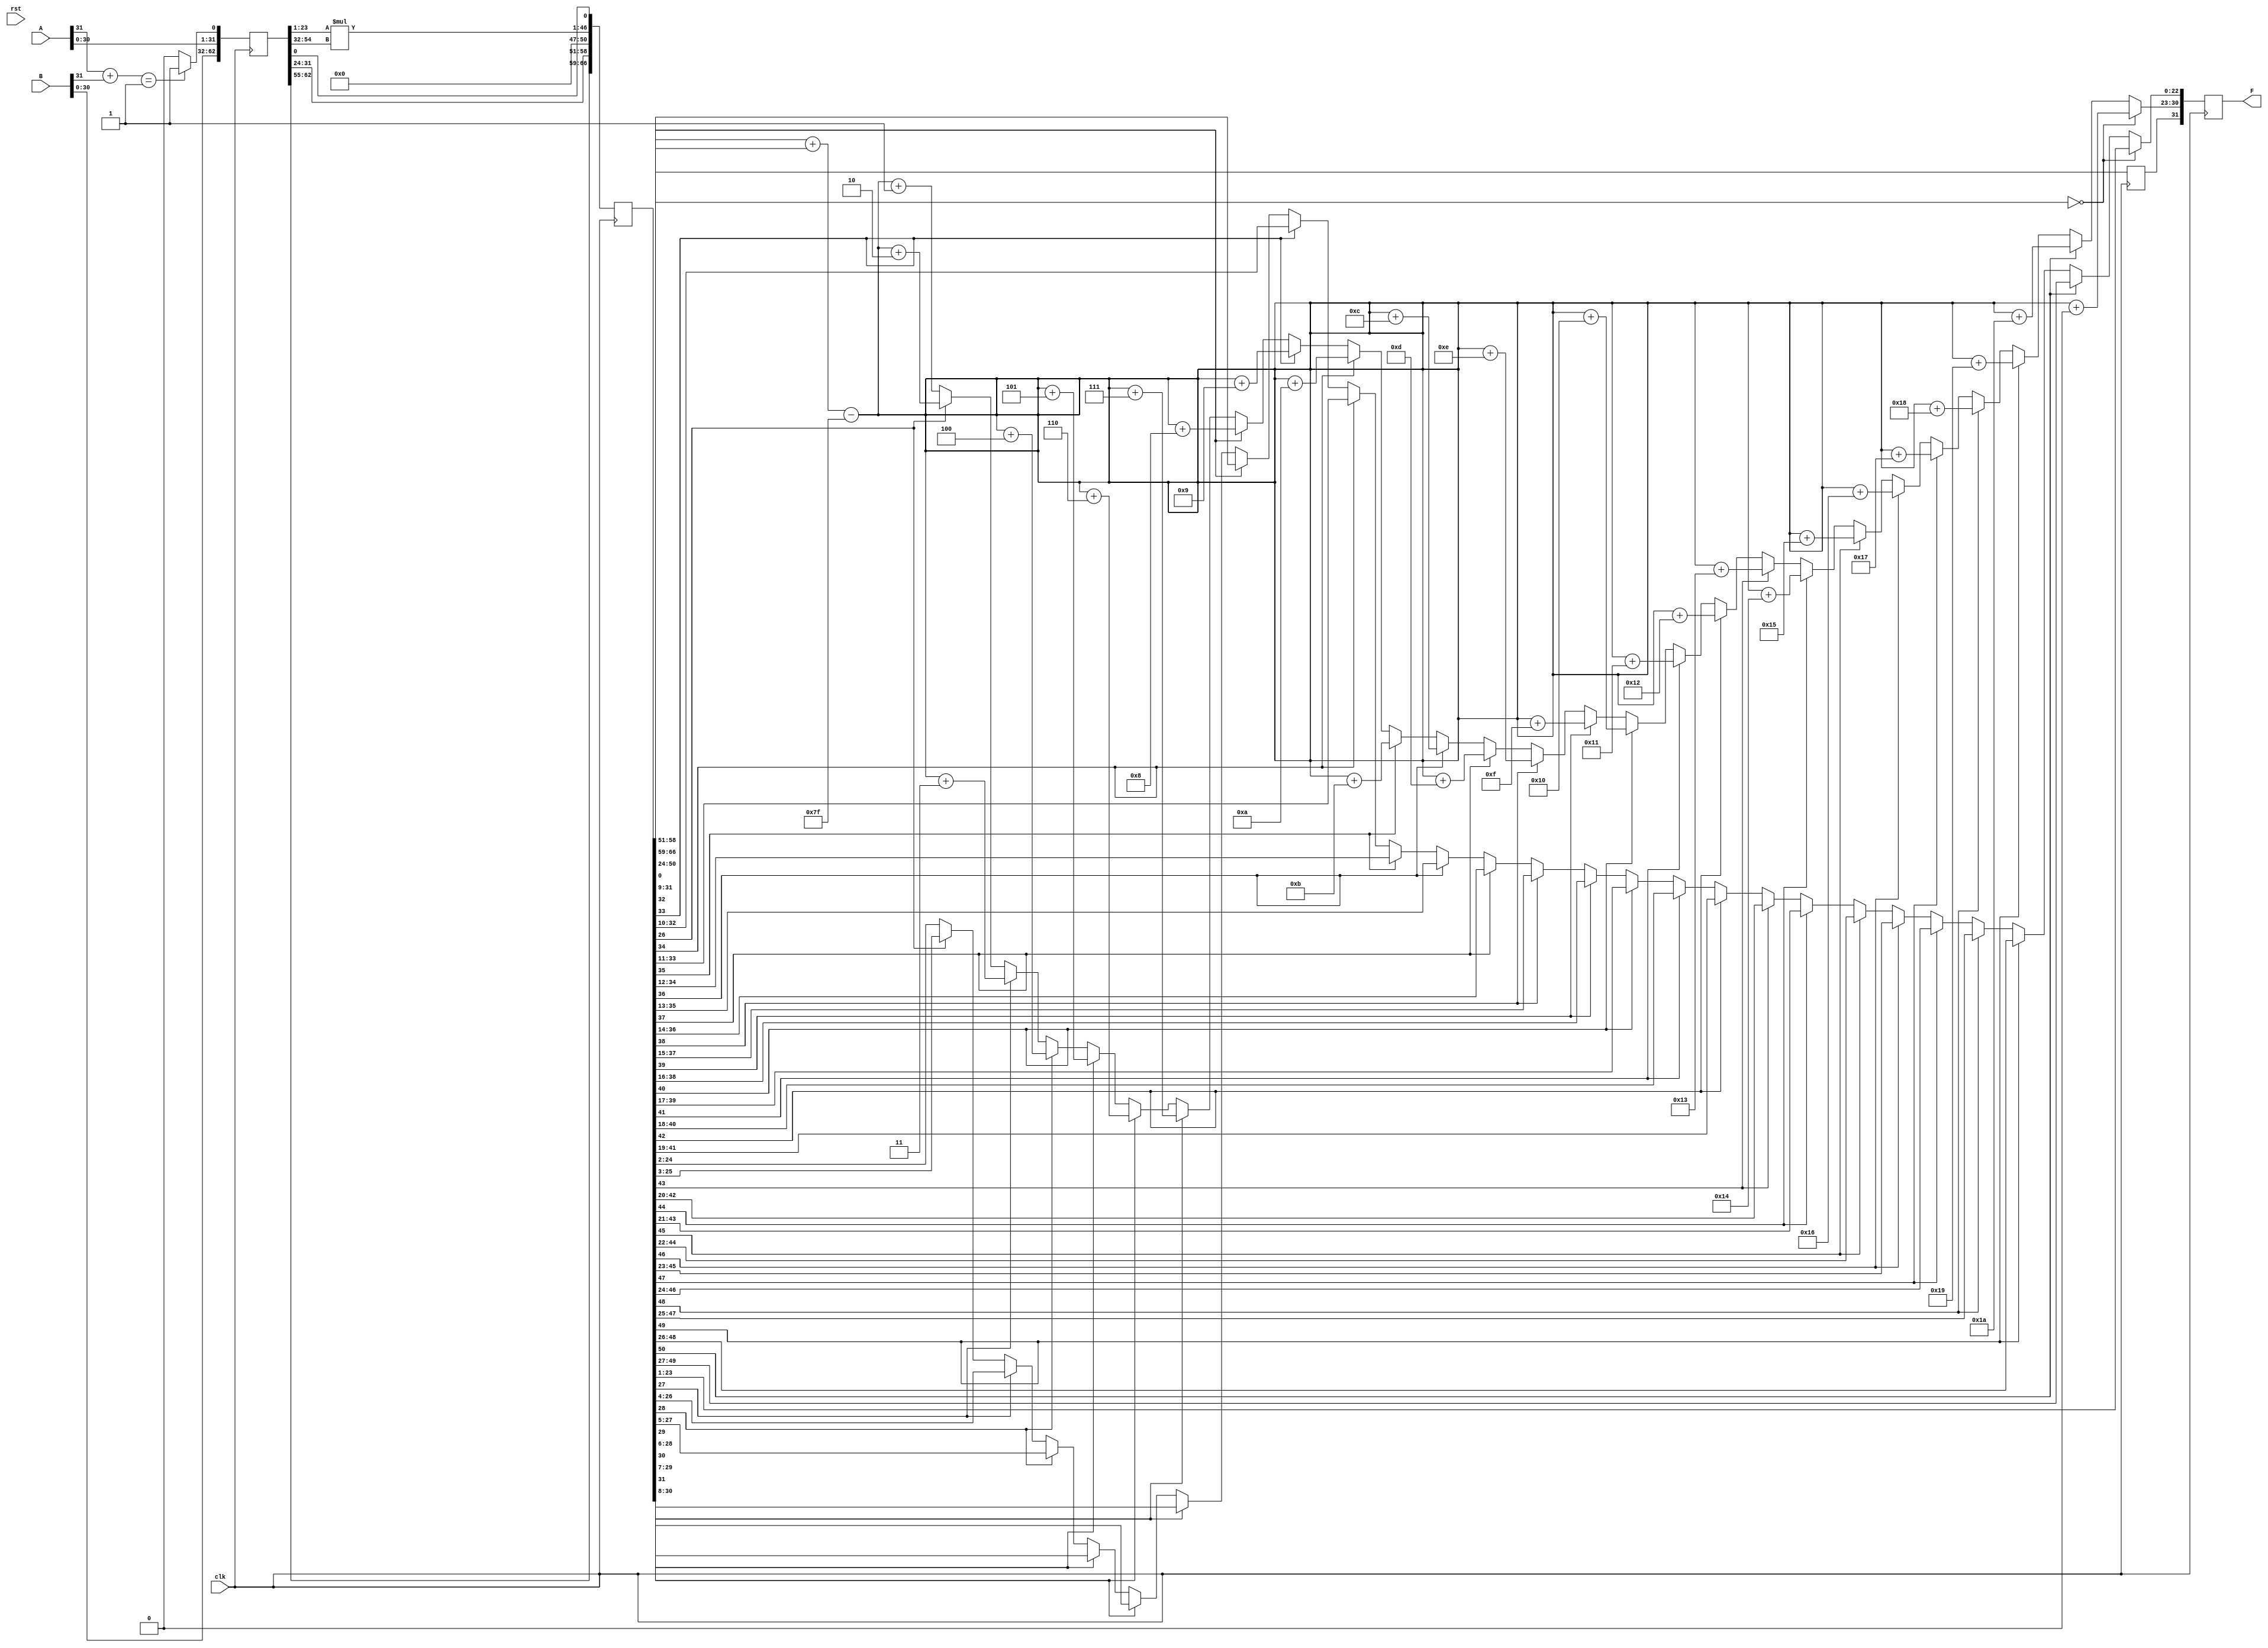
module MULTI_32bit(clk, rst,A, B, F);
   `define BIAS 8'b01111111
   input clk, rst;
   input [31:0]A;
   input [31:0]B;

   output [31:0]F;
   reg [31:0]F;
	

//   reg [1:0]sign;
//   reg [49:0]mantissa;


//////////////// PIPE-LINE REGISTERS /////////////////
reg [62:0] P1;
reg [66:0] P2;
reg [31:0] P3;
//////////////////////////////////////////////////////

initial
begin	
	P1 = 0;
	P2 = 0;
	P3 = 0;
end


wire [1:0]sign;
wire [49:0]mantissa;

assign sign = A[31]+B[31];

//always @ ( F or A or B )
always @ ( posedge clk )
begin
	//solve for the sign bit part
	/////////////////////////////////////////////////////////
	P1[0] <= (sign == 1'b1) ? 1'b1 : 1'b0;
	P1[31:1] <= A[30:0];
	P1[62:32] <= B[30:0];

	///////////////////////////////////////////////////////////
	P2[0] <= P1[0];
	P2[50:1] <= P1[23:1] * P1[54:32];

	P2[58:51] <= P1[31:24];
	P2[66:59] <= P1[62:55];

///////////////////////////////////////////////////////////
	P3[0] <= P2[0];

	if(P2[50:24] == 0) begin
	   P3[23:1] = P2[23:1];
	   P3[31:24] = P2[58:51] + P2[66:59] - `BIAS + 8'h00;
	end
	else if(P2[50] == 1) begin
	   P3[23:1] = P2[49:27];
	   P3[31:24] = P2[58:51] + P2[66:59] - `BIAS + 8'h1a;
	end
	else if(P2[49] == 1) begin
	   P3[23:1] = P2[48:26];
	   P3[31:24] = P2[58:51] + P2[66:59] - `BIAS + 8'h19;
	end
	else if(P2[48] == 1) begin
	   P3[23:1] = P2[47:25];
	   P3[31:24] = P2[58:51] + P2[66:59] - `BIAS + 8'h18;
	end
	else if(P2[47] == 1) begin
	   P3[23:1] = P2[46:24];
	   P3[31:24] = P2[58:51] + P2[66:59] - `BIAS + 8'h17;
	end			
	else if(P2[46] == 1) begin
	   P3[23:1] = P2[45:23];
	   P3[31:24] = P2[58:51] + P2[66:59] - `BIAS + 8'h16;
	end	
	else if(P2[45] == 1) begin
	   P3[23:1] = P2[44:22];
	   P3[31:24] = P2[58:51] + P2[66:59] - `BIAS + 8'h15;
	end	
	else if(P2[44] == 1) begin
	   P3[23:1] = P2[43:21];
	   P3[31:24] = P2[58:51] + P2[66:59] - `BIAS + 8'h14;
	end
	else if(P2[43] == 1) begin
	   P3[23:1] = P2[42:20];
	   P3[31:24] = P2[58:51] + P2[66:59] - `BIAS + 8'h13;
	end
	else if(P2[42] == 1) begin
	   P3[23:1] = P2[41:19];
	   P3[31:24] = P2[58:51] + P2[66:59] - `BIAS + 8'h12;
	end
	else if(P2[41] == 1) begin
	   P3[23:1] = P2[40:18];
	   P3[31:24] = P2[58:51] + P2[66:59] - `BIAS + 8'h11;
	end
	else if(P2[40] == 1) begin
	   P3[23:1] = P2[39:17];
	   P3[31:24] = P2[58:51] + P2[66:59] - `BIAS + 8'h10;
	end
	else if(P2[39] == 1) begin
	   P3[23:1] = P2[38:16];
	   P3[31:24] = P2[58:51] + P2[66:59] - `BIAS + 8'h0f;
	end
	else if(P2[38] == 1) begin
	   P3[23:1] = P2[37:15];
	   P3[31:24] = P2[58:51] + P2[66:59] - `BIAS + 8'h0e;
	end
	else if(P2[37] == 1) begin
	   P3[23:1] = P2[36:14];
	   P3[31:24] = P2[58:51] + P2[66:59] - `BIAS + 8'h0d;
	end
	else if(P2[36] == 1) begin
	   P3[23:1] = P2[35:13];
	   P3[31:24] = P2[58:51] + P2[66:59] - `BIAS + 8'h0c;
	end
	else if(P2[35] == 1) begin
	   P3[23:1] = P2[34:12];
	   P3[31:24] = P2[58:51] + P2[66:59] - `BIAS + 8'h0b;
	end
	else if(P2[34] == 1) begin
	   P3[23:1] = P2[33:11];
	   P3[31:24] = P2[58:51] + P2[66:59] - `BIAS + 8'h0a;
	end
	else if(P2[33] == 1) begin
	   P3[23:1] = P2[32:10];
	   P3[31:24] = P2[58:51] + P2[66:59] - `BIAS + 8'h09;
	end
	else if(P2[32] == 1) begin
	   P3[23:1] = P2[31:09];
	   P3[31:24] = P2[58:51] + P2[66:59] - `BIAS + 8'h08;
	end
	else if(P2[31] == 1) begin
	   P3[23:1] = P2[30:08];
	   P3[31:24] = P2[58:51] + P2[66:59] - `BIAS + 8'h07;
	end
	else if(P2[30] == 1) begin
	   P3[23:1] = P2[29:07];
	   P3[31:24] = P2[58:51] + P2[66:59] - `BIAS + 8'h06;
	end
	else if(P2[29] == 1) begin
	   P3[23:1] = P2[28:06];
	   P3[31:24] = P2[58:51] + P2[66:59] - `BIAS + 8'h05;
	end
	else if(P2[28] == 1) begin
	   P3[23:1] = P2[27:05];
	   P3[31:24] = P2[58:51] + P2[66:59] - `BIAS + 8'h04;
	end
	else if(P2[27] == 1) begin
	   P3[23:1] = P2[26:04];
	   P3[31:24] = P2[58:51] + P2[66:59] - `BIAS + 8'h03;
	end
	else if(P2[26] == 1) begin
	   P3[23:1] = P2[25:03];
	   P3[31:24] = P2[58:51] + P2[66:59] - `BIAS + 8'h02;
	end
	else begin
	   P3[23:1] = P2[24:02];
	   P3[31:24] = P2[58:51] + P2[66:59] - `BIAS + 8'h01;
	end

///////////////////////////////////////////////////////////
	F[31] <= P3[0];
	F[30:0] <= P3[31:1];

////////////////////////////////////////////////////////////
end

endmodule